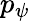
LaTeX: p_{\psi}